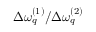
\Delta \omega _ { q } ^ { ( 1 ) } / \Delta \omega _ { q } ^ { ( 2 ) }